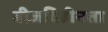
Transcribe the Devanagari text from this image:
बीजविहीनता